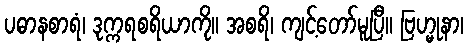
ပဓာနစာရံ၊ ဒုက္ကရစရိယာကို။ အစရိ၊ ကျင့်တော်မူပြီ။ ဗြဟ္မုနာ၊